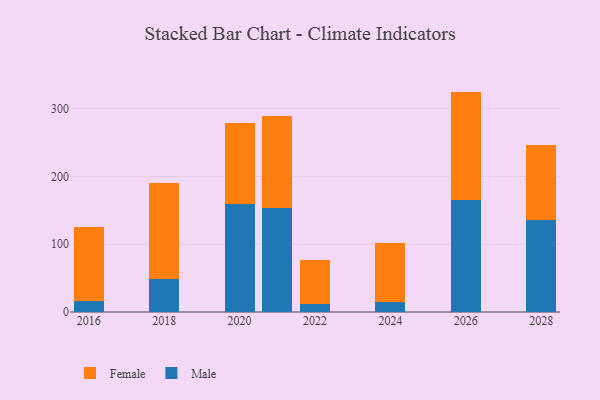
{"axis": {"x": "Year", "y": "Humidity (%)"}, "legend": ["Female", "Male"], "data": [{"x": "2026", "y": 164.6, "type": "Male"}, {"x": "2026", "y": 160.6, "type": "Female"}, {"x": "2021", "y": 153.7, "type": "Male"}, {"x": "2021", "y": 136.0, "type": "Female"}, {"x": "2016", "y": 16.0, "type": "Male"}, {"x": "2016", "y": 109.0, "type": "Female"}, {"x": "2028", "y": 136.0, "type": "Male"}, {"x": "2028", "y": 110.8, "type": "Female"}, {"x": "2020", "y": 159.6, "type": "Male"}, {"x": "2020", "y": 118.8, "type": "Female"}, {"x": "2022", "y": 11.9, "type": "Male"}, {"x": "2022", "y": 65.4, "type": "Female"}, {"x": "2024", "y": 14.9, "type": "Male"}, {"x": "2024", "y": 86.6, "type": "Female"}, {"x": "2018", "y": 48.1, "type": "Male"}, {"x": "2018", "y": 142.7, "type": "Female"}]}